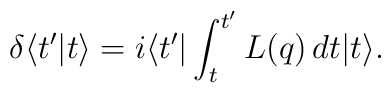
\delta \langle t'|t\rangle=i\langle t'|\int_t^{t'}L(q)\, dt|t\rangle.